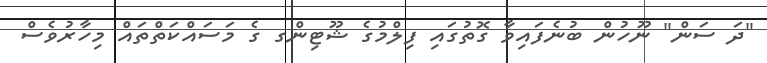
"ދަ ސަން" ނޫހުން ބުނެފައިވާ ގޮތުގައި ފިލްމުގެ ޝޫޓިންގ ގެ މަސައްކަތްތައް މިހާރުވެސް